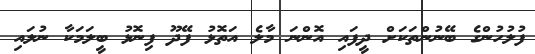
ފުލުހުންގެ ބޭނުންތަކަށް ދީފައި އޮންނަ މާލެ އަތޮޅު ފޭދޫ ފިނޮޅު ބީލަމަކާ ނުލައި